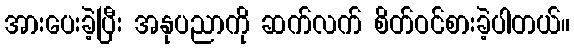
အားပေးခဲ့ပြီး အနုပညာကို ဆက်လက် စိတ်ဝင်စားခဲ့ပါတယ်။